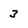
Character: 3